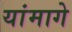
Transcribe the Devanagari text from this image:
यांमागे